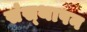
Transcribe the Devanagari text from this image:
संस्‍थापन